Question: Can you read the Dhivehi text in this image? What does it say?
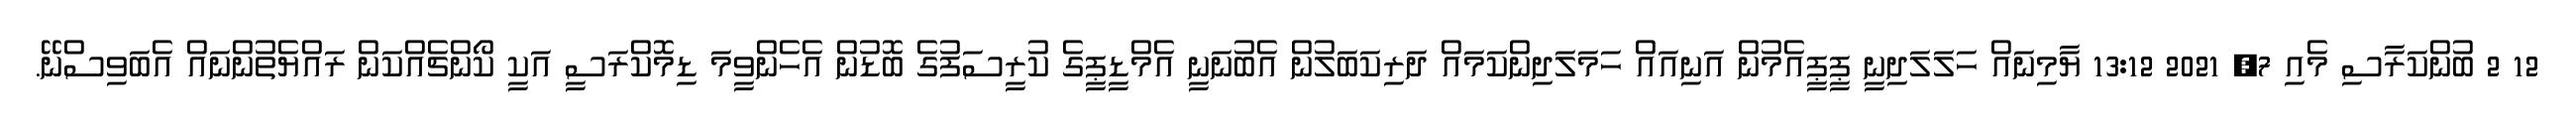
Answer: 12 2 ބުންކަރާސި މެއި 7, 2021 13:12 ޔާމިނައް ހަލަލަދިނީ ޕީޕީއެމުން އަނިއައް ހަމަލަދިންކަމައް ދަރިކަބަލުން އެބުނަނީ އެމްޑީޕީގެ ކުރީސަފުގެ ބޮޑުން އެހެންވީމަ ޑިމޮކްރަސީ އަކީ ކޯންޗެއްކަން ރައްޔެތުންނައް އެބަވިސްނޭ.